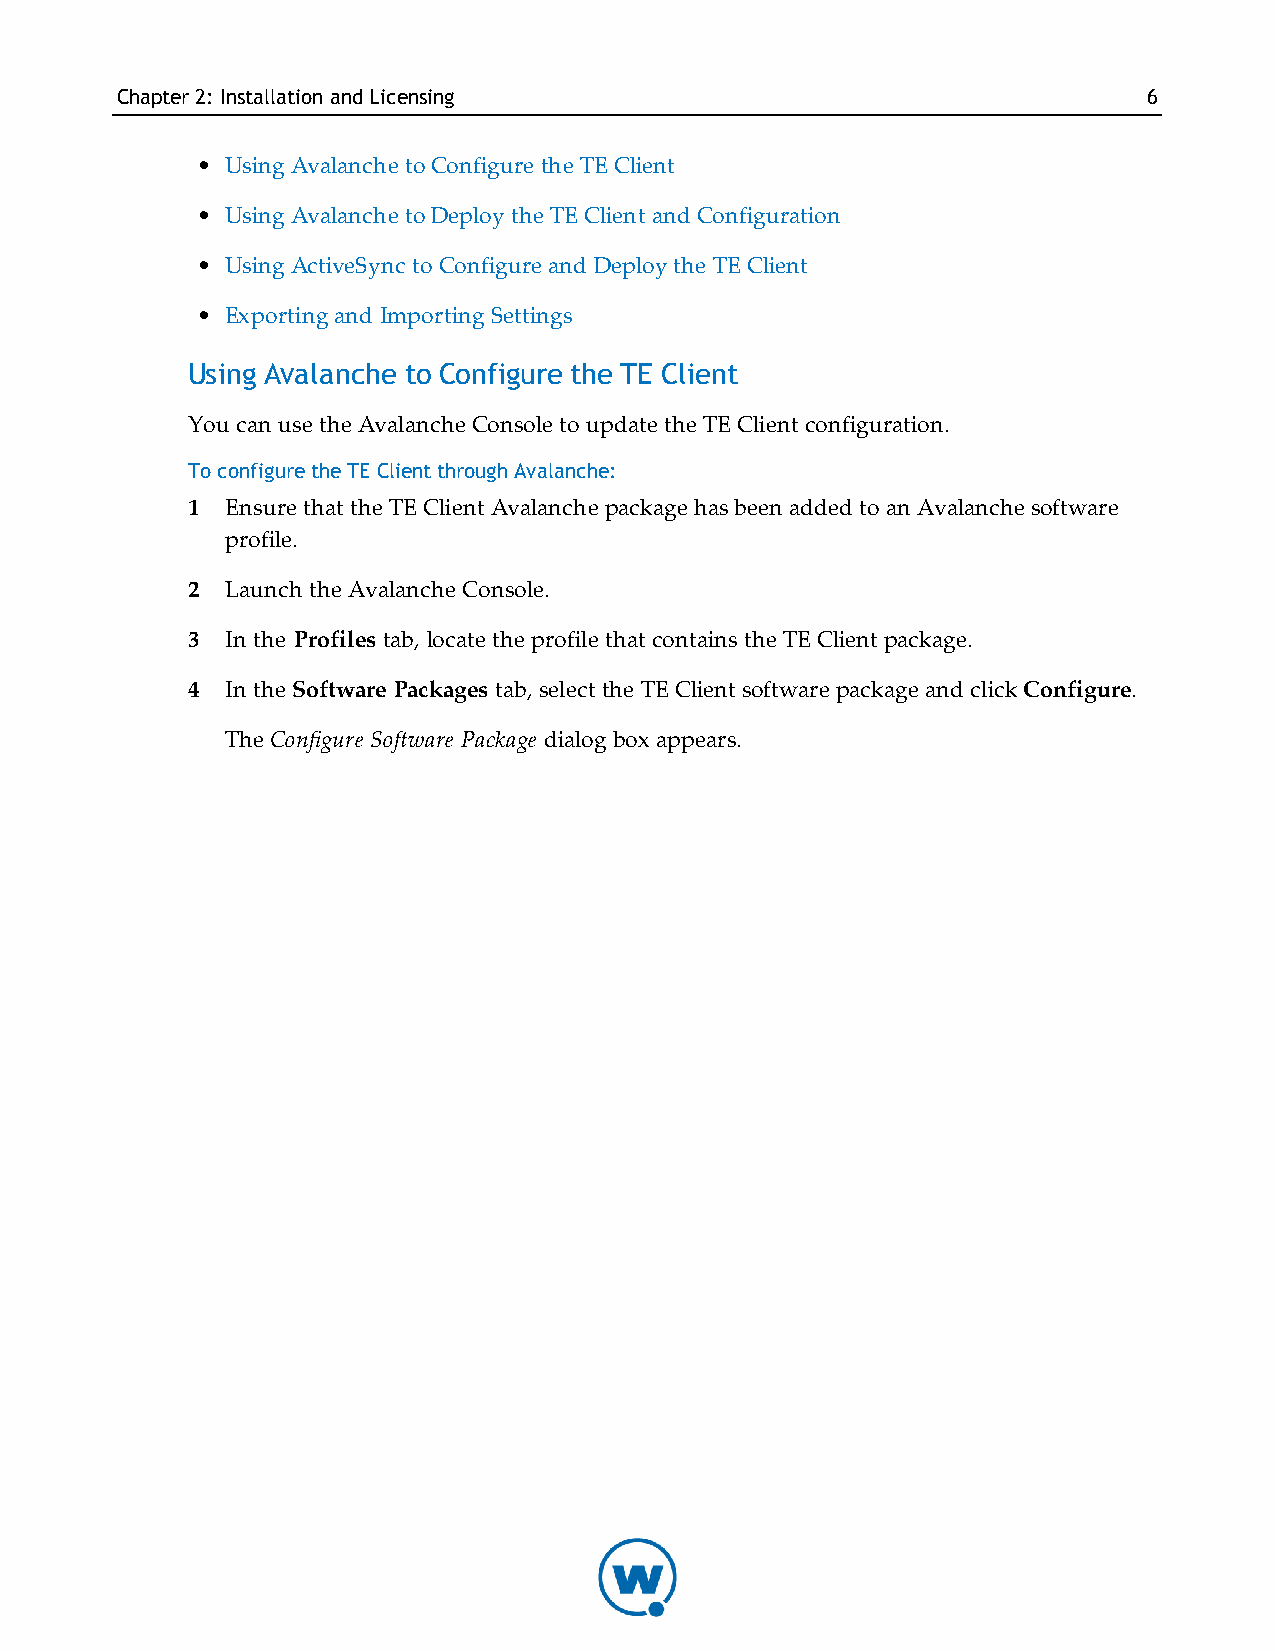
Chapter2: InstallationandLicensing                                  6
 • Using Avalanche to Configure the TE Client
 • Using Avalanche to Deploy the TE Client and Configuration
 • Using ActiveSync to Configure and Deploy the TE Client
 • Exporting and Importing Settings
 Using Avalanche to Configure the TE Client
 You can use the Avalanche Console to update the TE Client configuration.
 To configure the TE Client through Avalanche:
 1  Ensure that the TE Client Avalanche package has been added to an Avalanche software
 profile.
 2  Launch the Avalanche Console.
 3  In the Profiles tab, locate the profile that contains the TE Client package.
 4  In the Software Packages tab, select the TE Client software package and click Configure.
 The Configure Software Package dialog box appears.